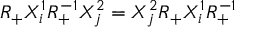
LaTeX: R _ { + } X _ { i } ^ { 1 } R _ { + } ^ { - 1 } X _ { j } ^ { 2 } = X _ { j } ^ { 2 } R _ { + } X _ { i } ^ { 1 } R _ { + } ^ { - 1 }